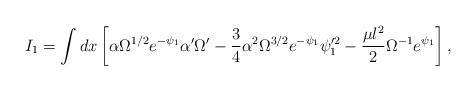
LaTeX: \begin{align*}I_1= \int dx \left[ \alpha \Omega^{1/2} e^{-\psi_1} \alpha' \Omega'-\frac{3}{4} \alpha^2 \Omega^{3/2} e^{-\psi_1} \psi_1^{\prime 2}-\frac{\mu l^2}{2} \Omega^{-1} e^{\psi_1} \right] , \end{align*}